Philaematomyia insignis, Austen - Number 54
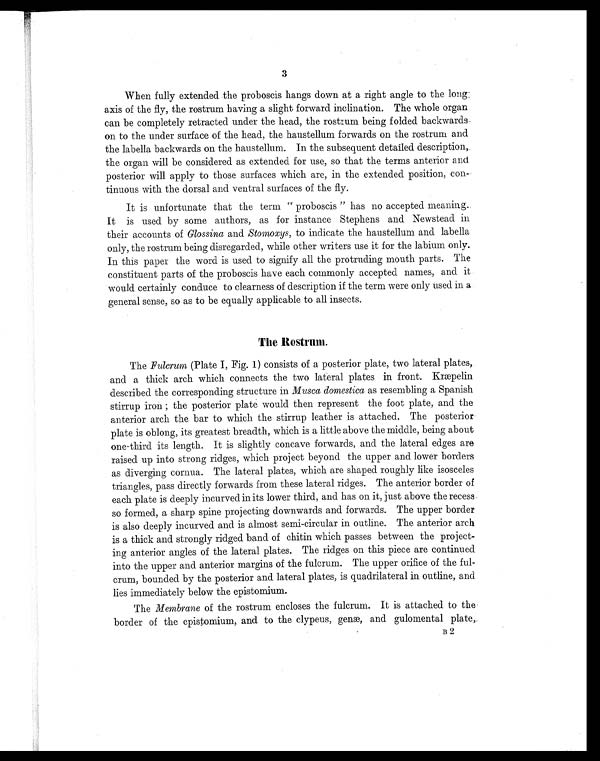
3
When fully extended the proboscis hangs down at a right angle to the long:
axis of the fly, the rostrum having a slight forward inclination. The whole organ
can be completely retracted under the head, the rostrum being folded backwards,
on to the under surface of the head, the haustellum forwards on the rostrum and
the labella backwards on the haustellum. In the subsequent detailed description,
the organ will be considered as extended for use, so that the terms anterior and.
posterior will apply to those surfaces which are, in the extended position, con
tinuous with the dorsal and ventral surfaces of the fly.
It is unfortunate that the term " proboscis " has no accepted meaning..
It is used by some authors, as for instance Stephens and Newstead in
their accounts of Glossina and Stomoxys, to indicate the haustellum and labella
only, the rostrum being disregarded, while other writers use it for the labium only.
In this paper the word is used to signify all the protruding mouth parts. The
constituent parts of the proboscis have each commonly accepted names, and it
would certainly conduce to clearness of description if the term were only used in a
general sense, so as to be equally applicable to all insects.
The Rostrum.
The Fulcrum (Plate I, Fig. 1) consists of a posterior plate, two lateral plates,.
and a thick arch which connects the two lateral plates in front. Krcepelin
described the corresponding structure in Musca domestica as resembling a Spanish
stirrup iron the posterior plate would then represent the foot plate, and the
anterior arch the bar to which the stirrup leather is attached. The posterior
plate is oblong, its greatest breadth, which is a little above the middle, being about
one-third its length. It is slightly concave forwards, and the lateral edges are
raised up into strong ridges, which project beyond the upper and lower borders
as diverging cornua. The lateral plates, which are shaped roughly like isosceles
triangles, pass directly forwards from these lateral ridges. The anterior border of
each plate is deeply incurved in its lower third, and has on it, just above the recess
so formed, a sharp spine projecting downwards and forwards. The upper border
is also deeply incurved and is almost semi-circular in outline. The anterior arch
is a thick and strongly ridged band of chitin which passes between the project
-ing anterior angles of the lateral plates. The ridges on this piece are continued
into the upper and anterior margins of the fulcrum. The upper orifice of the ful
-crum, bounded by the posterior and lateral plates, is quadrilateral in outline, and
lies immediately below the epistomium.
The Membrane of the rostrum encloses the fulcrum. It is attached to the
border of the epistomium, and to the clypeus, gen e, and gulomental plate,.
B 2